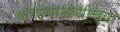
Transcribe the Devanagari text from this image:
करण्याआधीच्या